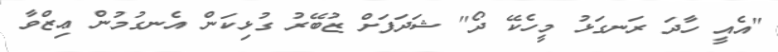
"އެއީ ހާދަ ރަނގަޅު މީހެކޭ ދޯ" ޝަދަފަށް ޒުބޭރު ގުޅިކަން އެނގުމުން ޢިޒްވާ